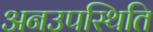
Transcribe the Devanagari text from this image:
अनउपस्थिति